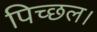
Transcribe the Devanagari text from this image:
पिच्छल।